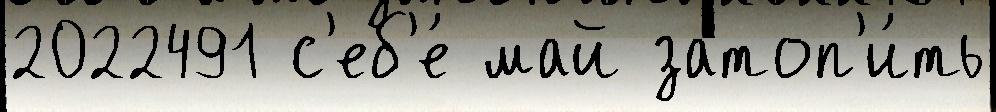
2022491 с'еб'е́ май затоп'и́ть